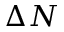
\Delta N